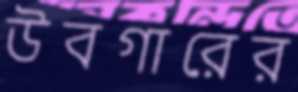
উবগারের